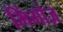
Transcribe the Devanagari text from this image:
मिंगोज़